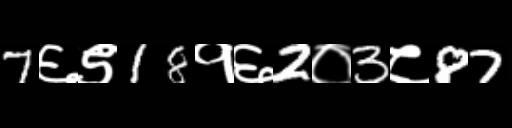
Text: 7६९18१६2०3८87